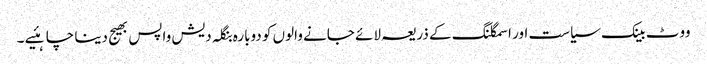
ووٹ بینک سیاست اور اسمگلنگ کے ذریعہ لائے جانے والوں کو دوبارہ بنگلہ دیش واپس بھیج دینا چاہئیے ۔